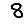
Digit: 8